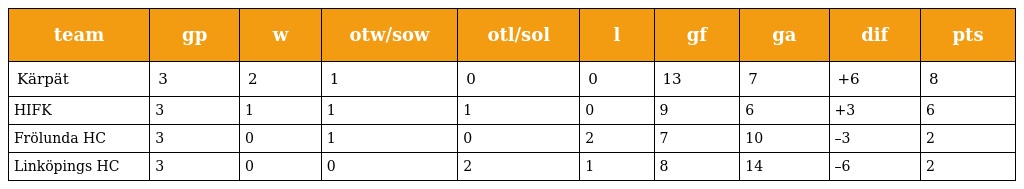
| team | gp | w | otw/sow | otl/sol | l | gf | ga | dif | pts |
 | --- | --- | --- | --- | --- | --- | --- | --- | --- | --- |
 | Kärpät | 3 | 2 | 1 | 0 | 0 | 13 | 7 | +6 | 8 |
 | HIFK | 3 | 1 | 1 | 1 | 0 | 9 | 6 | +3 | 6 |
 | Frölunda HC | 3 | 0 | 1 | 0 | 2 | 7 | 10 | –3 | 2 |
 | Linköpings HC | 3 | 0 | 0 | 2 | 1 | 8 | 14 | –6 | 2 |